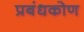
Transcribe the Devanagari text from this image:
प्रबंधकोण